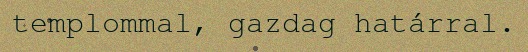
templommal, gazdag határral.